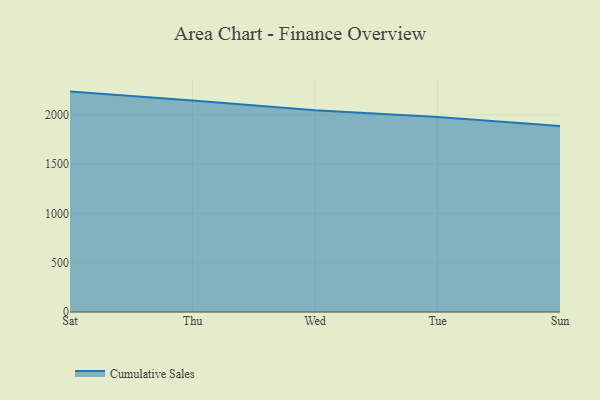
{"axis": {"x": "Day", "y": "Waste Production (Tons)"}, "legend": ["Cumulative Sales"], "data": [{"x": "Sat", "y": 2235.5, "type": "Cumulative Sales"}, {"x": "Thu", "y": 2146.2, "type": "Cumulative Sales"}, {"x": "Wed", "y": 2047.4, "type": "Cumulative Sales"}, {"x": "Tue", "y": 1978.1, "type": "Cumulative Sales"}, {"x": "Sun", "y": 1887.3, "type": "Cumulative Sales"}]}